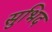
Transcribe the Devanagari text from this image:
सुभिद